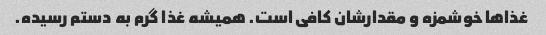
غذا‌ها خوشمزه و مقدارشان کافی است. همیشه غذا گرم به دستم رسیده.